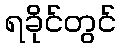
ရခိုင်တွင်